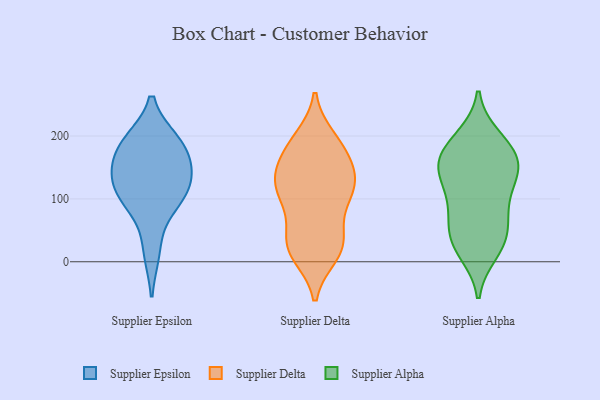
{"axis": {"x": "Conversion Rate (%)", "y": "Value"}, "legend": ["Supplier Alpha", "Supplier Delta", "Supplier Epsilon"], "data": [{"x": "", "y": 188, "type": "Supplier Epsilon"}, {"x": "", "y": 191, "type": "Supplier Epsilon"}, {"x": "", "y": 99, "type": "Supplier Epsilon"}, {"x": "", "y": 114, "type": "Supplier Epsilon"}, {"x": "", "y": 17, "type": "Supplier Epsilon"}, {"x": "", "y": 93, "type": "Supplier Epsilon"}, {"x": "", "y": 141, "type": "Supplier Epsilon"}, {"x": "", "y": 185, "type": "Supplier Epsilon"}, {"x": "", "y": 155, "type": "Supplier Epsilon"}, {"x": "", "y": 131, "type": "Supplier Epsilon"}, {"x": "", "y": 182, "type": "Supplier Delta"}, {"x": "", "y": 124, "type": "Supplier Delta"}, {"x": "", "y": 12, "type": "Supplier Delta"}, {"x": "", "y": 125, "type": "Supplier Delta"}, {"x": "", "y": 25, "type": "Supplier Delta"}, {"x": "", "y": 35, "type": "Supplier Delta"}, {"x": "", "y": 173, "type": "Supplier Delta"}, {"x": "", "y": 133, "type": "Supplier Delta"}, {"x": "", "y": 107, "type": "Supplier Delta"}, {"x": "", "y": 160, "type": "Supplier Delta"}, {"x": "", "y": 119, "type": "Supplier Delta"}, {"x": "", "y": 189, "type": "Supplier Delta"}, {"x": "", "y": 195, "type": "Supplier Delta"}, {"x": "", "y": 86, "type": "Supplier Delta"}, {"x": "", "y": 18, "type": "Supplier Delta"}, {"x": "", "y": 101, "type": "Supplier Delta"}, {"x": "", "y": 136, "type": "Supplier Delta"}, {"x": "", "y": 22, "type": "Supplier Delta"}, {"x": "", "y": 41, "type": "Supplier Delta"}, {"x": "", "y": 29, "type": "Supplier Alpha"}, {"x": "", "y": 63, "type": "Supplier Alpha"}, {"x": "", "y": 151, "type": "Supplier Alpha"}, {"x": "", "y": 43, "type": "Supplier Alpha"}, {"x": "", "y": 190, "type": "Supplier Alpha"}, {"x": "", "y": 101, "type": "Supplier Alpha"}, {"x": "", "y": 166, "type": "Supplier Alpha"}, {"x": "", "y": 15, "type": "Supplier Alpha"}, {"x": "", "y": 23, "type": "Supplier Alpha"}, {"x": "", "y": 155, "type": "Supplier Alpha"}, {"x": "", "y": 198, "type": "Supplier Alpha"}, {"x": "", "y": 143, "type": "Supplier Alpha"}, {"x": "", "y": 147, "type": "Supplier Alpha"}, {"x": "", "y": 186, "type": "Supplier Alpha"}, {"x": "", "y": 58, "type": "Supplier Alpha"}, {"x": "", "y": 148, "type": "Supplier Alpha"}, {"x": "", "y": 90, "type": "Supplier Alpha"}, {"x": "", "y": 111, "type": "Supplier Alpha"}]}